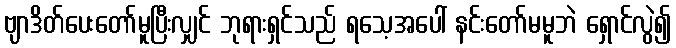
ဗျာဒိတ်ပေးတော်မူပြီးလျှင် ဘုရားရှင်သည် ရသေ့အပေါ် နင်းတော်မမူဘဲ ရှောင်လွဲ၍